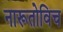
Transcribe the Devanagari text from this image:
नारूतोविच